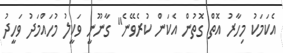
އެކަމަކު މިހާރު އޮތް ގޮތުން އެކަން ކުރެވޭނެ" ގާނޫނީ ވަކީލު މުހައްމަދު ވަހީދު